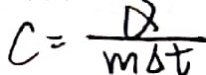
C = \frac { \alpha } { m \Delta t }